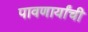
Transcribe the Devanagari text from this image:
पावणार्यांची